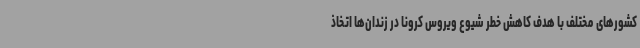
کشورهای مختلف با هدف کاهش خطر شیوع ویروس کرونا در زندان‌ها اتخاذ